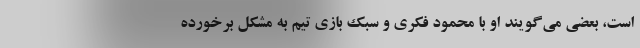
است، بعضی می‌گویند او با محمود فکری و سبک بازی تیم به مشکل برخورده